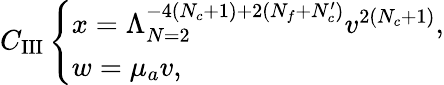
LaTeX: C_{\mathrm{III}}\left\{ \begin{array}{l}{{x=\Lambda_{N=2}^{-4(N_{c}+1)+2(N_{f}+N_{c}^{\prime})}v^{2(N_{c}+1)},}}\\ {{w=\mu_{a}v,}}\end{array}\right.